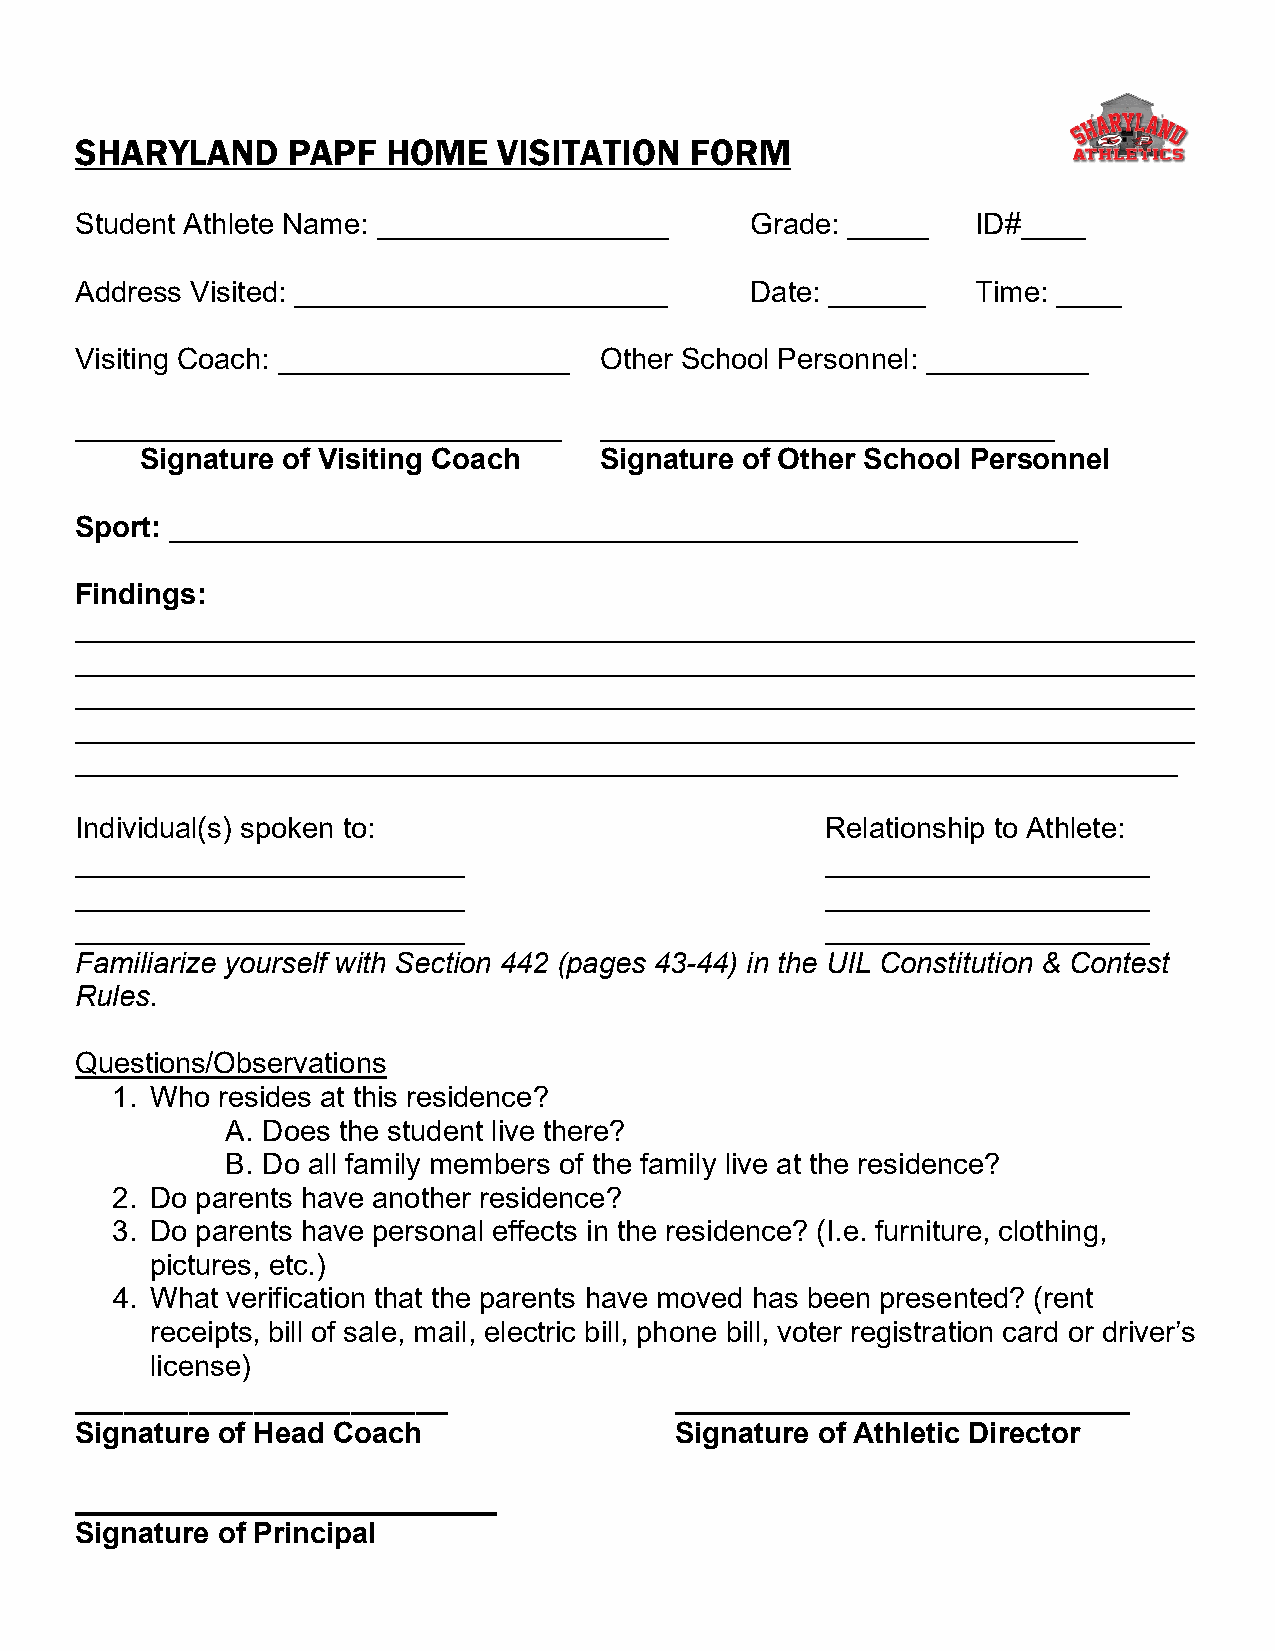
SHARYLAND     PAPF   HOME   VISITATION   FORM
 Student Athlete Name: __________________     Grade: _____   ID#____
 Address Visited: _______________________     Date: ______   Time: ____
 Visiting Coach: __________________ Other School Personnel: __________
 ______________________________     ____________________________
 Signature of Visiting Coach    Signature of Other School Personnel
 Sport: ________________________________________________________
 Findings:
 _____________________________________________________________________
 _____________________________________________________________________
 _____________________________________________________________________
 _____________________________________________________________________
 ____________________________________________________________________
 Individual(s) spoken to:                          Relationship to Athlete:
 ________________________                          ____________________
 ________________________                          ____________________
 ________________________                          ____________________
 Familiarize yourself with Section 442 (pages 43-44) in the UIL Constitution & Contest
 Rules.
 Questions/Observations
 1. Who resides at this residence?
 A. Does the student live there?
 B. Do all family members of the family live at the residence?
 2. Do parents have another residence?
 3. Do parents have personal effects in the residence? (I.e. furniture, clothing,
 pictures, etc.)
 4. What verification that the parents have moved has been presented? (rent
 receipts, bill of sale, mail, electric bill, phone bill, voter registration card or driver’s
 license)
 _______________________                 ____________________________
 Signature of Head Coach                 Signature of Athletic Director
 __________________________
 Signature of Principal